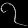
Digit: ၇